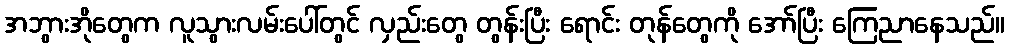
အဘွားအိုတွေက လူသွားလမ်းပေါ်တွင် လှည်းတွေ တွန်းပြီး ရောင်း တုန်တွေကို အော်ပြီး ကြေညာနေသည်။